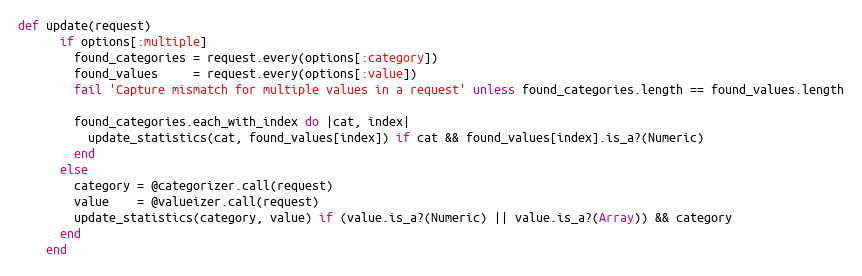
Language: Ruby
def update(request)
      if options[:multiple]
        found_categories = request.every(options[:category])
        found_values     = request.every(options[:value])
        fail 'Capture mismatch for multiple values in a request' unless found_categories.length == found_values.length

        found_categories.each_with_index do |cat, index|
          update_statistics(cat, found_values[index]) if cat && found_values[index].is_a?(Numeric)
        end
      else
        category = @categorizer.call(request)
        value    = @valueizer.call(request)
        update_statistics(category, value) if (value.is_a?(Numeric) || value.is_a?(Array)) && category
      end
    end